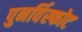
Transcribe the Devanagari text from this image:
पुनर्विस्फोट